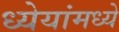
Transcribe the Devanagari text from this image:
ध्येयांमध्ये